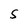
Character: 5